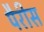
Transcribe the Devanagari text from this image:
पैरीस